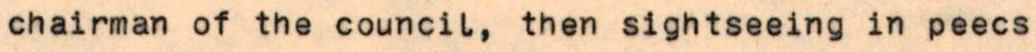
chairman of the council, then sightseeing in peecs